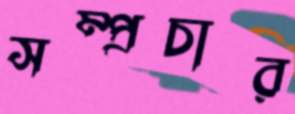
সম্প্রচার